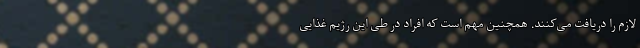
لازم را دریافت می‌کنند. همچنین مهم است که افراد در طی این رژیم غذایی